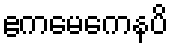
ဧကမေကေနပိ